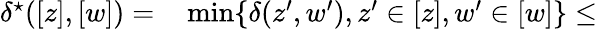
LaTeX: \begin{array}{rl}{\delta^{\star}([z],[w])=}&{{}\operatorname*{min}\{ \delta(z^{\prime},w^{\prime}),z^{\prime}\in[z],w^{\prime}\in[w]\} \leq}\end{array}